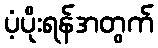
ပံ့ပိုးရန်အတွက်